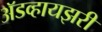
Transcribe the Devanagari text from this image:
अॅडव्हायझरी